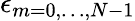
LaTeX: \epsilon_{m=0,\dots,N-1}